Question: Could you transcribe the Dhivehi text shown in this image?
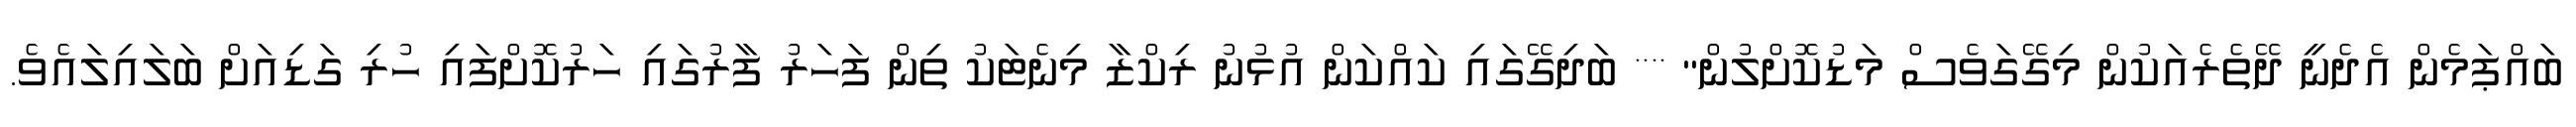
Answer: ބައްޕަމެން އެދެނީ ދޭތެރެއަކުން މިގޭގަވެސް މަޑުކޮށްލުން" **** ބަދިގޭގައި ކައްކަން އުޅުނު ރިކްޒާ މިނެޓަކު ތިން ފަހަރު ފާރުގައި ހަރުކޮށްފައި ހުރި ގަޑިއަށް ބަލައިލައެވެ.